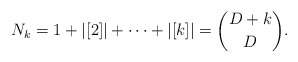
\begin{align*}N_{k}=1+|[2]|+\dots+|[k]|=\binom{D+k}{D}.\end{align*}